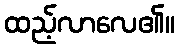
ထည့်လာလေ၏။